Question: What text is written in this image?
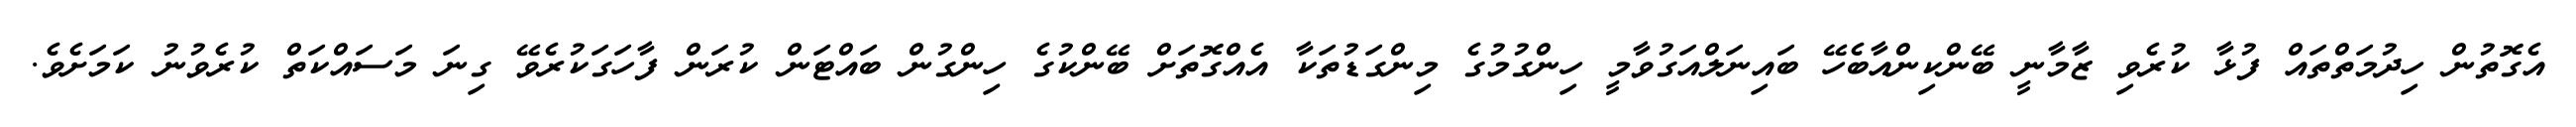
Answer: އެގޮތުން ހިދުމަތްތައް ފުޅާ ކުރެވި ޒާމާނީ ބޭންކިންއާބެހޭ ބައިނަލްއަގުވާމީ ހިންގުމުގެ މިންގަޑުތަކާ އެއްގޮތަށް ބޭންކުގެ ހިންގުން ބައްޓަން ކުރަން ފާހަގަކުރެވޭ ގިނަ މަސައްކަތް ކުރެވުނު ކަމަށެވެ.